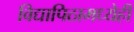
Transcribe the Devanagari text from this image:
विद्यापिठामध्येही